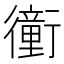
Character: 𧘂